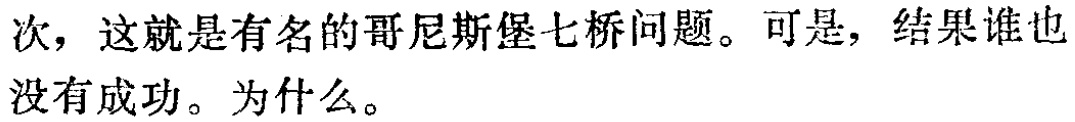
次，这就是有名的哥尼斯堡七桥问题。可是，结果谁也没有成功。为什么。